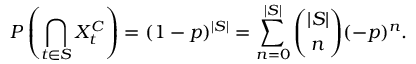
P \left( \bigcap _ { t \in S } X _ { t } ^ { C } \right) = ( 1 - p ) ^ { | S | } = \sum _ { n = 0 } ^ { | S | } { \binom { | S | } { n } } ( - p ) ^ { n } .